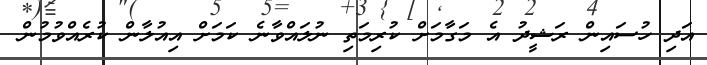
އަދި ހުސައިން ރަޝީދު އެ މަގާމަށް ކުރިމަތި ނުލައްވާނެ ކަމަށް އިއުލާން ކުރެއްވުމުން